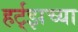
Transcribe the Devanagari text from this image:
हर्ट्‌झच्या